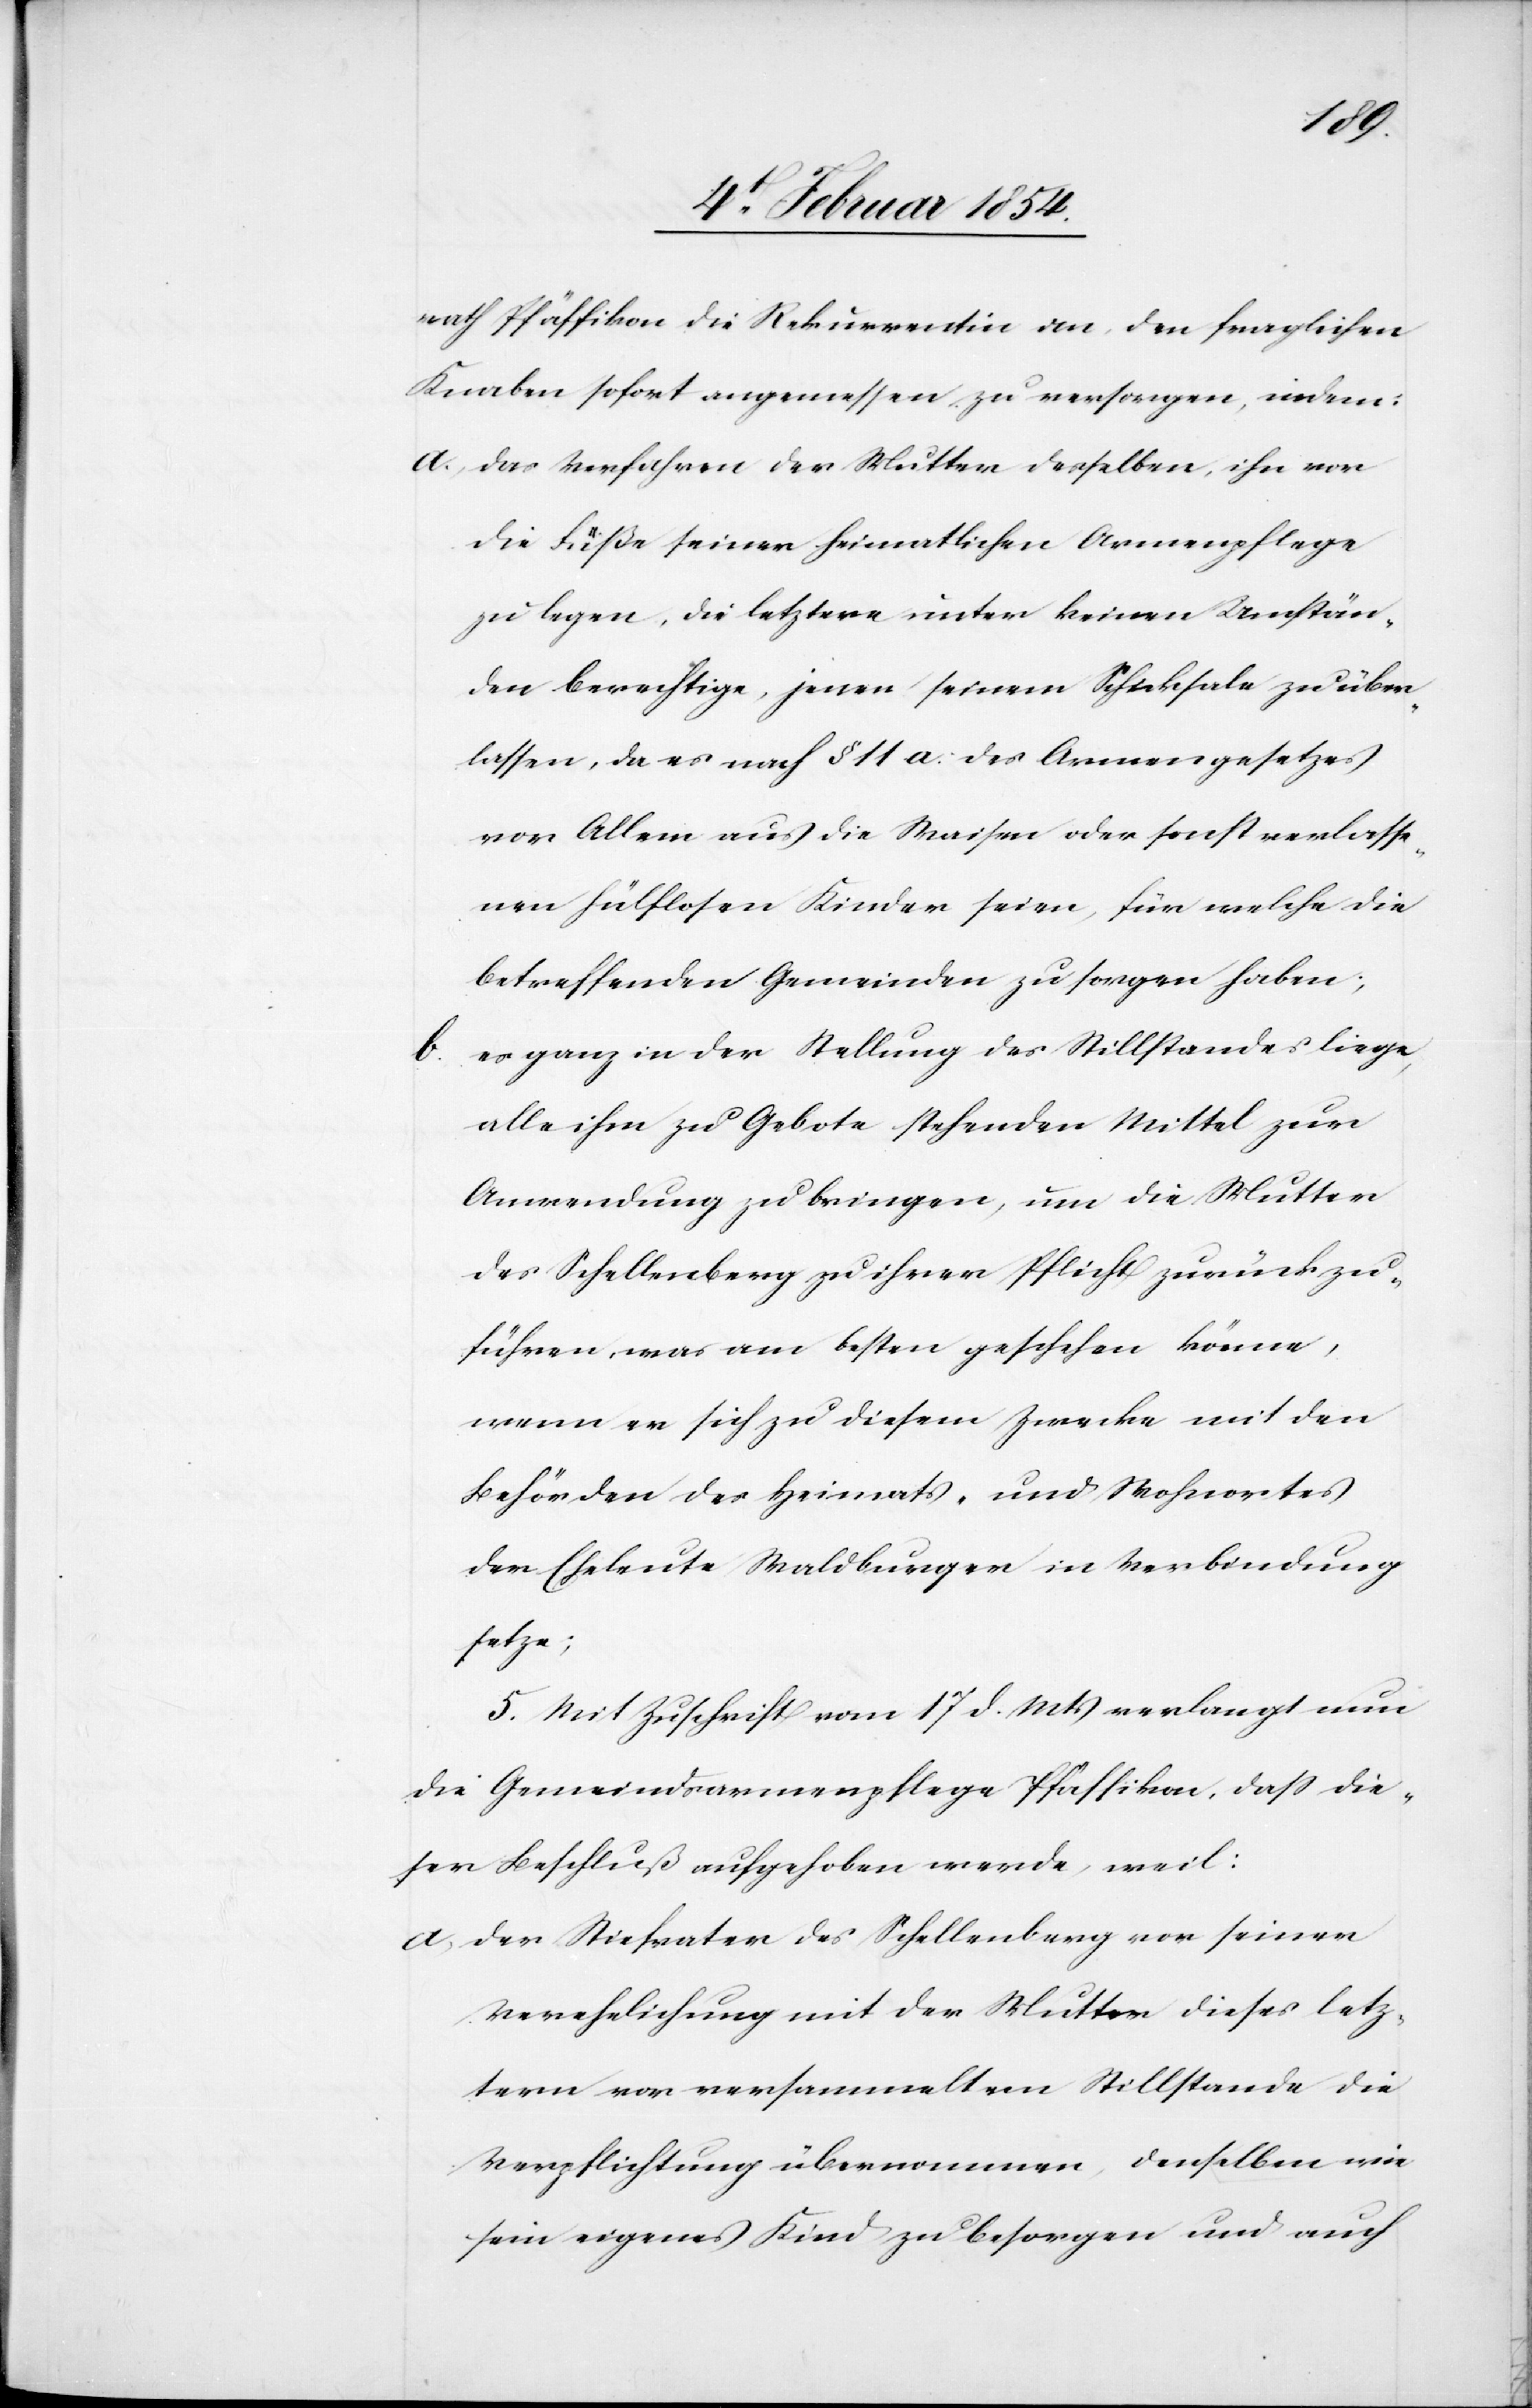
rath Pfäffikon die Rekurrentin an, den fraglichen
Knaben sofort angemessen zu versorgen, indem:
a. das Verfahren der Mutter desselben, ihn vor
die Füße seiner heimatlichen Armenpflege
zu legen, die letztere unter keinen Umstän¬
den berechtige, jenen seinem Schicksale zu über¬
lassen, da es nach § 11 a. des Armengesetzes
vor Allem aus die Waisen oder sonst verlasse¬
nen hülflosen Kinder seien, für welche die
betreffenden Gemeinden zu sorgen haben;
b. es ganz in der Stellung des Stillstandes liege,
alle ihm zu Gebote stehenden Mittel zur
Anwendung zu bringen, um die Mutter
des Schellenberg zu ihrer Pflicht zurück zu
führen, was am besten geschehen könne,
wenn er sich zu diesem Zwecke mit den
Behörden der Heimats- und Wohnortes
der Eheleute Waldburger in Verbindung
setze;
5. Mit Zuschrift vom 17 d. Mts verlangt nun
die Gemeindsarmenpflege Pfäffikon, daß die¬
ser Beschluß aufgehoben werde, weil:
a. Der Stiefvater des Schellenberg vor seiner
Verehelichung mit der Mutter dieses letz¬
tern vor versammeltem Stillstande die
Verpflichtung übernommen, denselben wie
sein eigenes Kind zu besorgen und auch